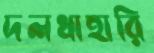
দলধাহারি